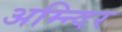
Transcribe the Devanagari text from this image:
अम्न्दिर